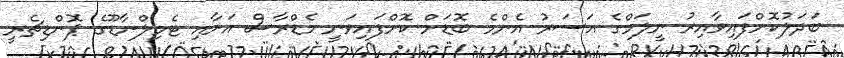
ބަދަލުކޮށްފައިވާއިރު ނީލަމްގެ އަސަރު އެންމެ ބޮޑަށް ކޮށްފައިވަނީ މެޑްރާސް އަށާއި ޓެމިލްނާޑޫގެ ޕޮންޑިޗެރީ